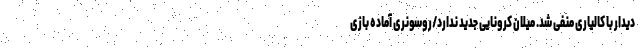
دیدار با کالیاری منفی شد. میلان کرونایی جدید ندارد/روسونری آماده بازی